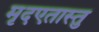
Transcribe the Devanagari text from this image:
मृदएतास्तु